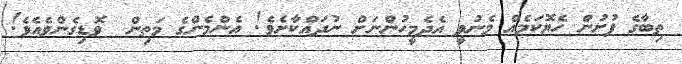
ތިބާގެ ފުށުން ހެޔޮކަމެއް މެނުވީ އެދެމީހުންނަށް ނުދައްކާށެވެ! އެންމެންގެ މަތިން  ވޮޑިގެންވެއެވެ!